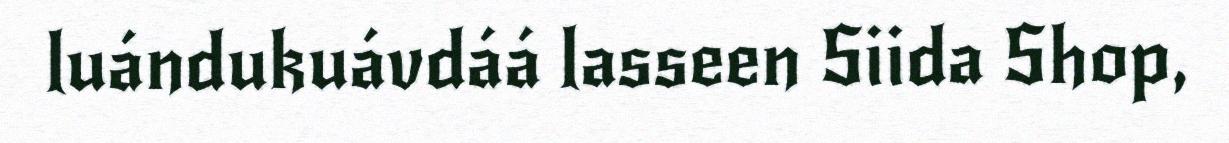
luándukuávdáá lasseen Siida Shop,